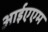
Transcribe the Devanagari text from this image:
आईएएम